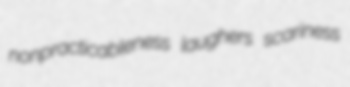
nonpracticableness laughers scariness